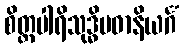
စိတ္တပါရိသုဒ္ဓိပဓာနိယင်္ဂံ